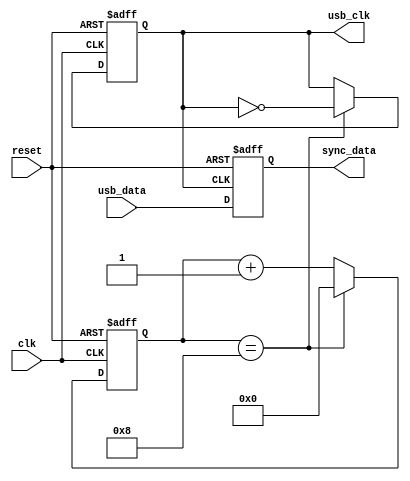
module USB_Controller(
    input wire clk,
    input wire reset,
    input wire usb_data,
    output reg usb_clk,
    output reg sync_data
);

// Timing control module
reg [3:0] count;
parameter COUNT_MAX = 4'd8;

always @(posedge clk or posedge reset) begin
    if (reset) begin
        count <= 4'd0;
        usb_clk <= 1'b0;
    end else begin
        if (count == COUNT_MAX) begin
            count <= 4'd0;
            usb_clk <= ~usb_clk;
        end else begin
            count <= count + 4'd1;
        end
    end
end

// Synchronization block
always @(posedge usb_clk or posedge reset) begin
    if (reset) begin
        sync_data <= 1'b0;
    end else begin
        sync_data <= usb_data;
    end
end

endmodule